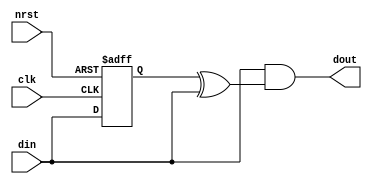
module pos_edge_detect(clk,nrst,din,dout);
input clk;
input nrst;
input din;
output dout;
reg d_ff;

always @(posedge clk or negedge nrst)
begin
if(!nrst)
d_ff<=1'b0;
else
d_ff<=din;
end
 assign dout=din&&(d_ff^din);
 endmodule